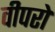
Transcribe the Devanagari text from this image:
वीपरो